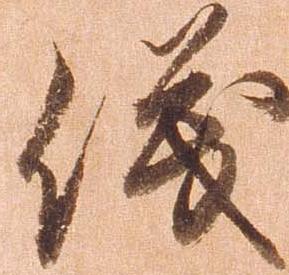
儀